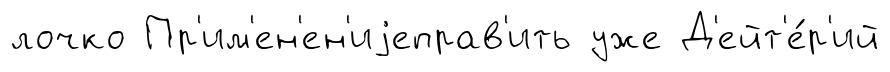
лочко Пр'им'ен'ен'иjеправ'ить уже Д'ейт'е́р'ий